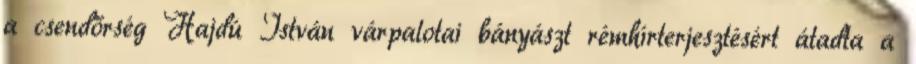
a csendőrség Hajdú István várpalotai bányászt rémhírterjesztésért átadta a